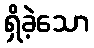
ရှိခဲ့သော